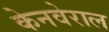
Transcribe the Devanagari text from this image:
केनवेराल